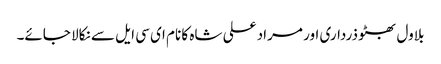
بلاول بھٹو ذرداری اور مراد علی شاہ کا نام ای سی ایل سے نکالا جائے۔